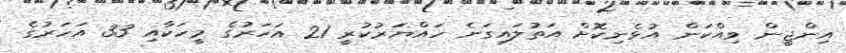
އިންޖީން ވިއްކަން އުޅެނިކޮށް އަތުލައިގަނެ ހައްޔަރުކުރީ 21 އަހަރުގެ މީހަކާއި 33 އަހަރުގެ